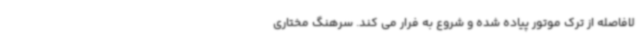
لافاصله از ترک موتور پیاده شده و شروع به فرار می کند. سرهنگ مختاری